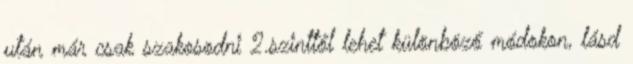
után már csak szakosodni 2.szinttől lehet különböző módokon, lásd